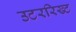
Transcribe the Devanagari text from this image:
उटररिख्ट